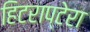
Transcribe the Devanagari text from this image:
हिटराप्टेरा